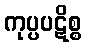
ကုပ္ပပဋိစ္စ